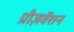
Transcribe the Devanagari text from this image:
प्रीज़र्वेशन